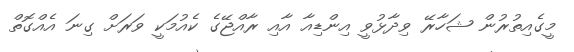
މީގެއިތުރުން ޝަހާރޭ ވިދާޅުވީ އިންޑިއާ އާއި ރާއްޖޭގެ ކެއުމަކީ ވަރަށް ގިނަ އެއްގޮތް